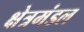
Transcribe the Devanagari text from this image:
क्षेत्रमंडल